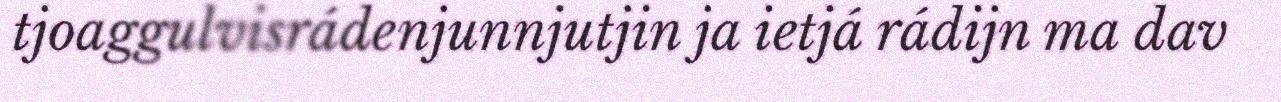
tjoaggulvisrádenjunnjutjin ja ietjá rádijn ma dav